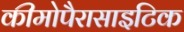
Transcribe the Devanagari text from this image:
कीमोपैरासाइटिक